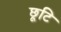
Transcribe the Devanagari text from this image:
छूटि